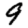
Digit: 9